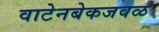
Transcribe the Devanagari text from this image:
वाटेनबेकजवळ